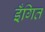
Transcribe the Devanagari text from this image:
इँगित